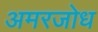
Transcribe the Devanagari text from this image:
अमरजोध